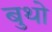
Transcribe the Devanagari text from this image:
बुथो